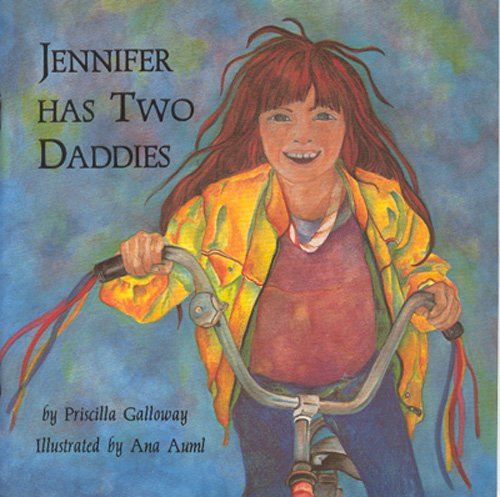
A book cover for Jennifer Has Two Daddies; Dr Priscilla Galloway; Teen & Young Adult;